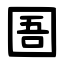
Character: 圄